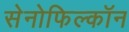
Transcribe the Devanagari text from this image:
सेनोफिल्कॉन